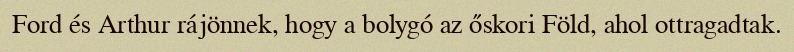
Ford és Arthur rájönnek, hogy a bolygó az őskori Föld, ahol ottragadtak.